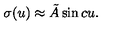
\sigma ( u ) \approx \tilde { A } \sin c u .